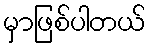
မှာဖြစ်ပါတယ်